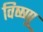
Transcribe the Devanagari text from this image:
विष्ष्णू